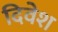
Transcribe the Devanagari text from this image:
दिवेश